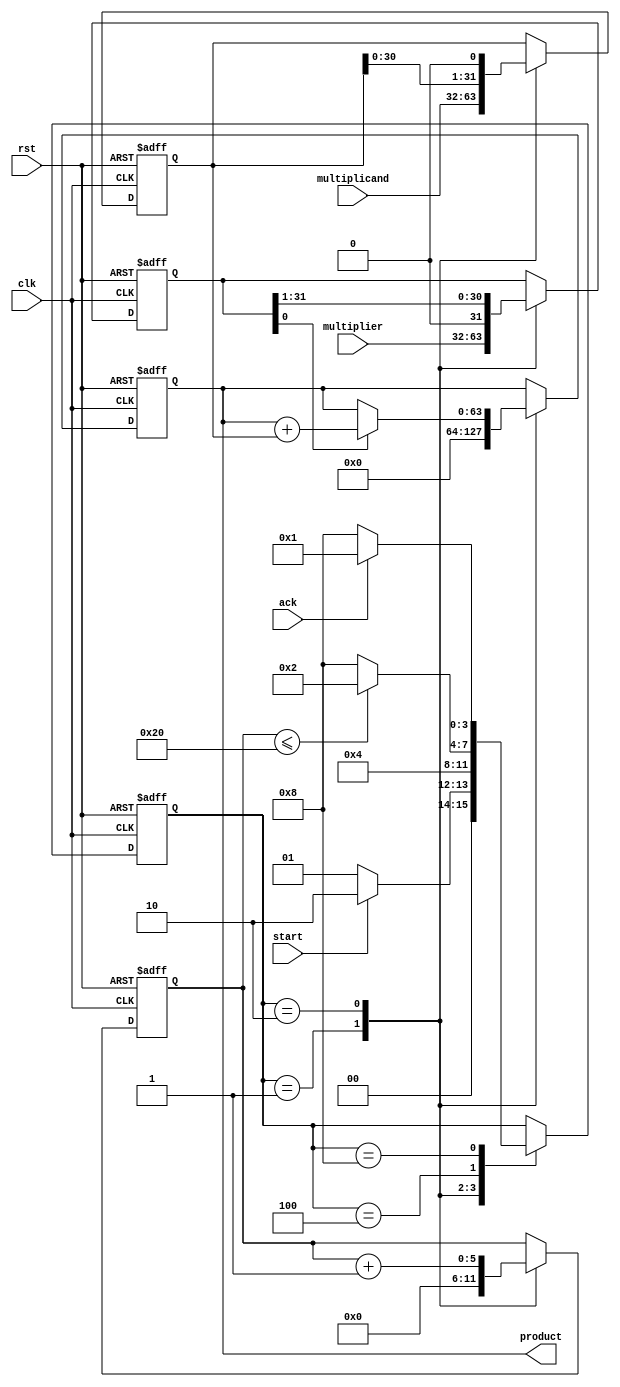
`timescale 1 ns / 100 ps

/*

	Mutltiply 2 32 bit numbers.

	Multiplicand X Multiplier = Product

	4 states:
		START/init 	// wait for start signal
				   		if start, init i reg, multplicand, multiplier
		TEST   		// test multiplier0, inc i,
						if multiplier0 add multiplicand to product
			   		// shift multiplicand by one
		REPEAT 		// check i < 32 
		DONE   		// wait for ack

	Control Signals:
		Multiplier0
		Start
		Ack

 */

module mult1(clk, rst, start, ack, multiplicand, multiplier, product);
 	input clk;
 	input rst;
 	input start;
 	input ack;
 	input [31:0] multiplicand;
 	input [31:0] multiplier;
 	output reg [63:0] product;

reg [5:0] i;
reg [31:0] multiplicand_reg;
reg [31:0] multiplier_reg;
reg [3:0] state;

wire multiplier0 = multiplier_reg[0];

localparam START 	= 4'b0001;
localparam TEST 	= 4'b0010;
localparam REPEAT 	= 4'b0100;
localparam DONE 	= 4'b1000;

always @(posedge clk or posedge rst) 
	begin
		if (rst) 
			begin // reset
				state = START; // go back to start, reset regs
				product 			= 64'bX;
				i 					= 6'bX;
				multiplicand_reg 	= 32'bX;
				multiplier_reg 		= 32'bX;
			end
		else 
			begin
				case(state)
					START 	:
						begin
							i <= 0;
							product <= 0;
							multiplier_reg <= multiplier;
							multiplicand_reg <= multiplicand;

							if(start)
								state = TEST;
							else
								state = START;
						end
					TEST 	:
						begin
							i <= i + 1;

							if (multiplier0) 
									product <= product + multiplicand_reg;

							multiplicand_reg <= multiplicand_reg << 1;
							multiplier_reg <= multiplier_reg >> 1;

							state <= REPEAT;
						end
					REPEAT 	:
						begin
							if(i <= 32)
								state <= TEST;
							else
								state <= DONE;
						end
					DONE 	:
						begin
							if(ack)
								state <= START;
							else
								state <= DONE;
						end
				endcase
			end
	end

endmodule